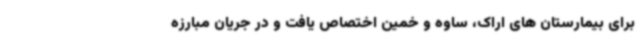
برای بیمارستان های اراک، ساوه و خمین اختصاص یافت و در جریان مبارزه